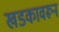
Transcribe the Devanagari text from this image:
खडकावरून